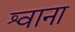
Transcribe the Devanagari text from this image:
श्वाना